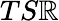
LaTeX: TS\mathbb{R}